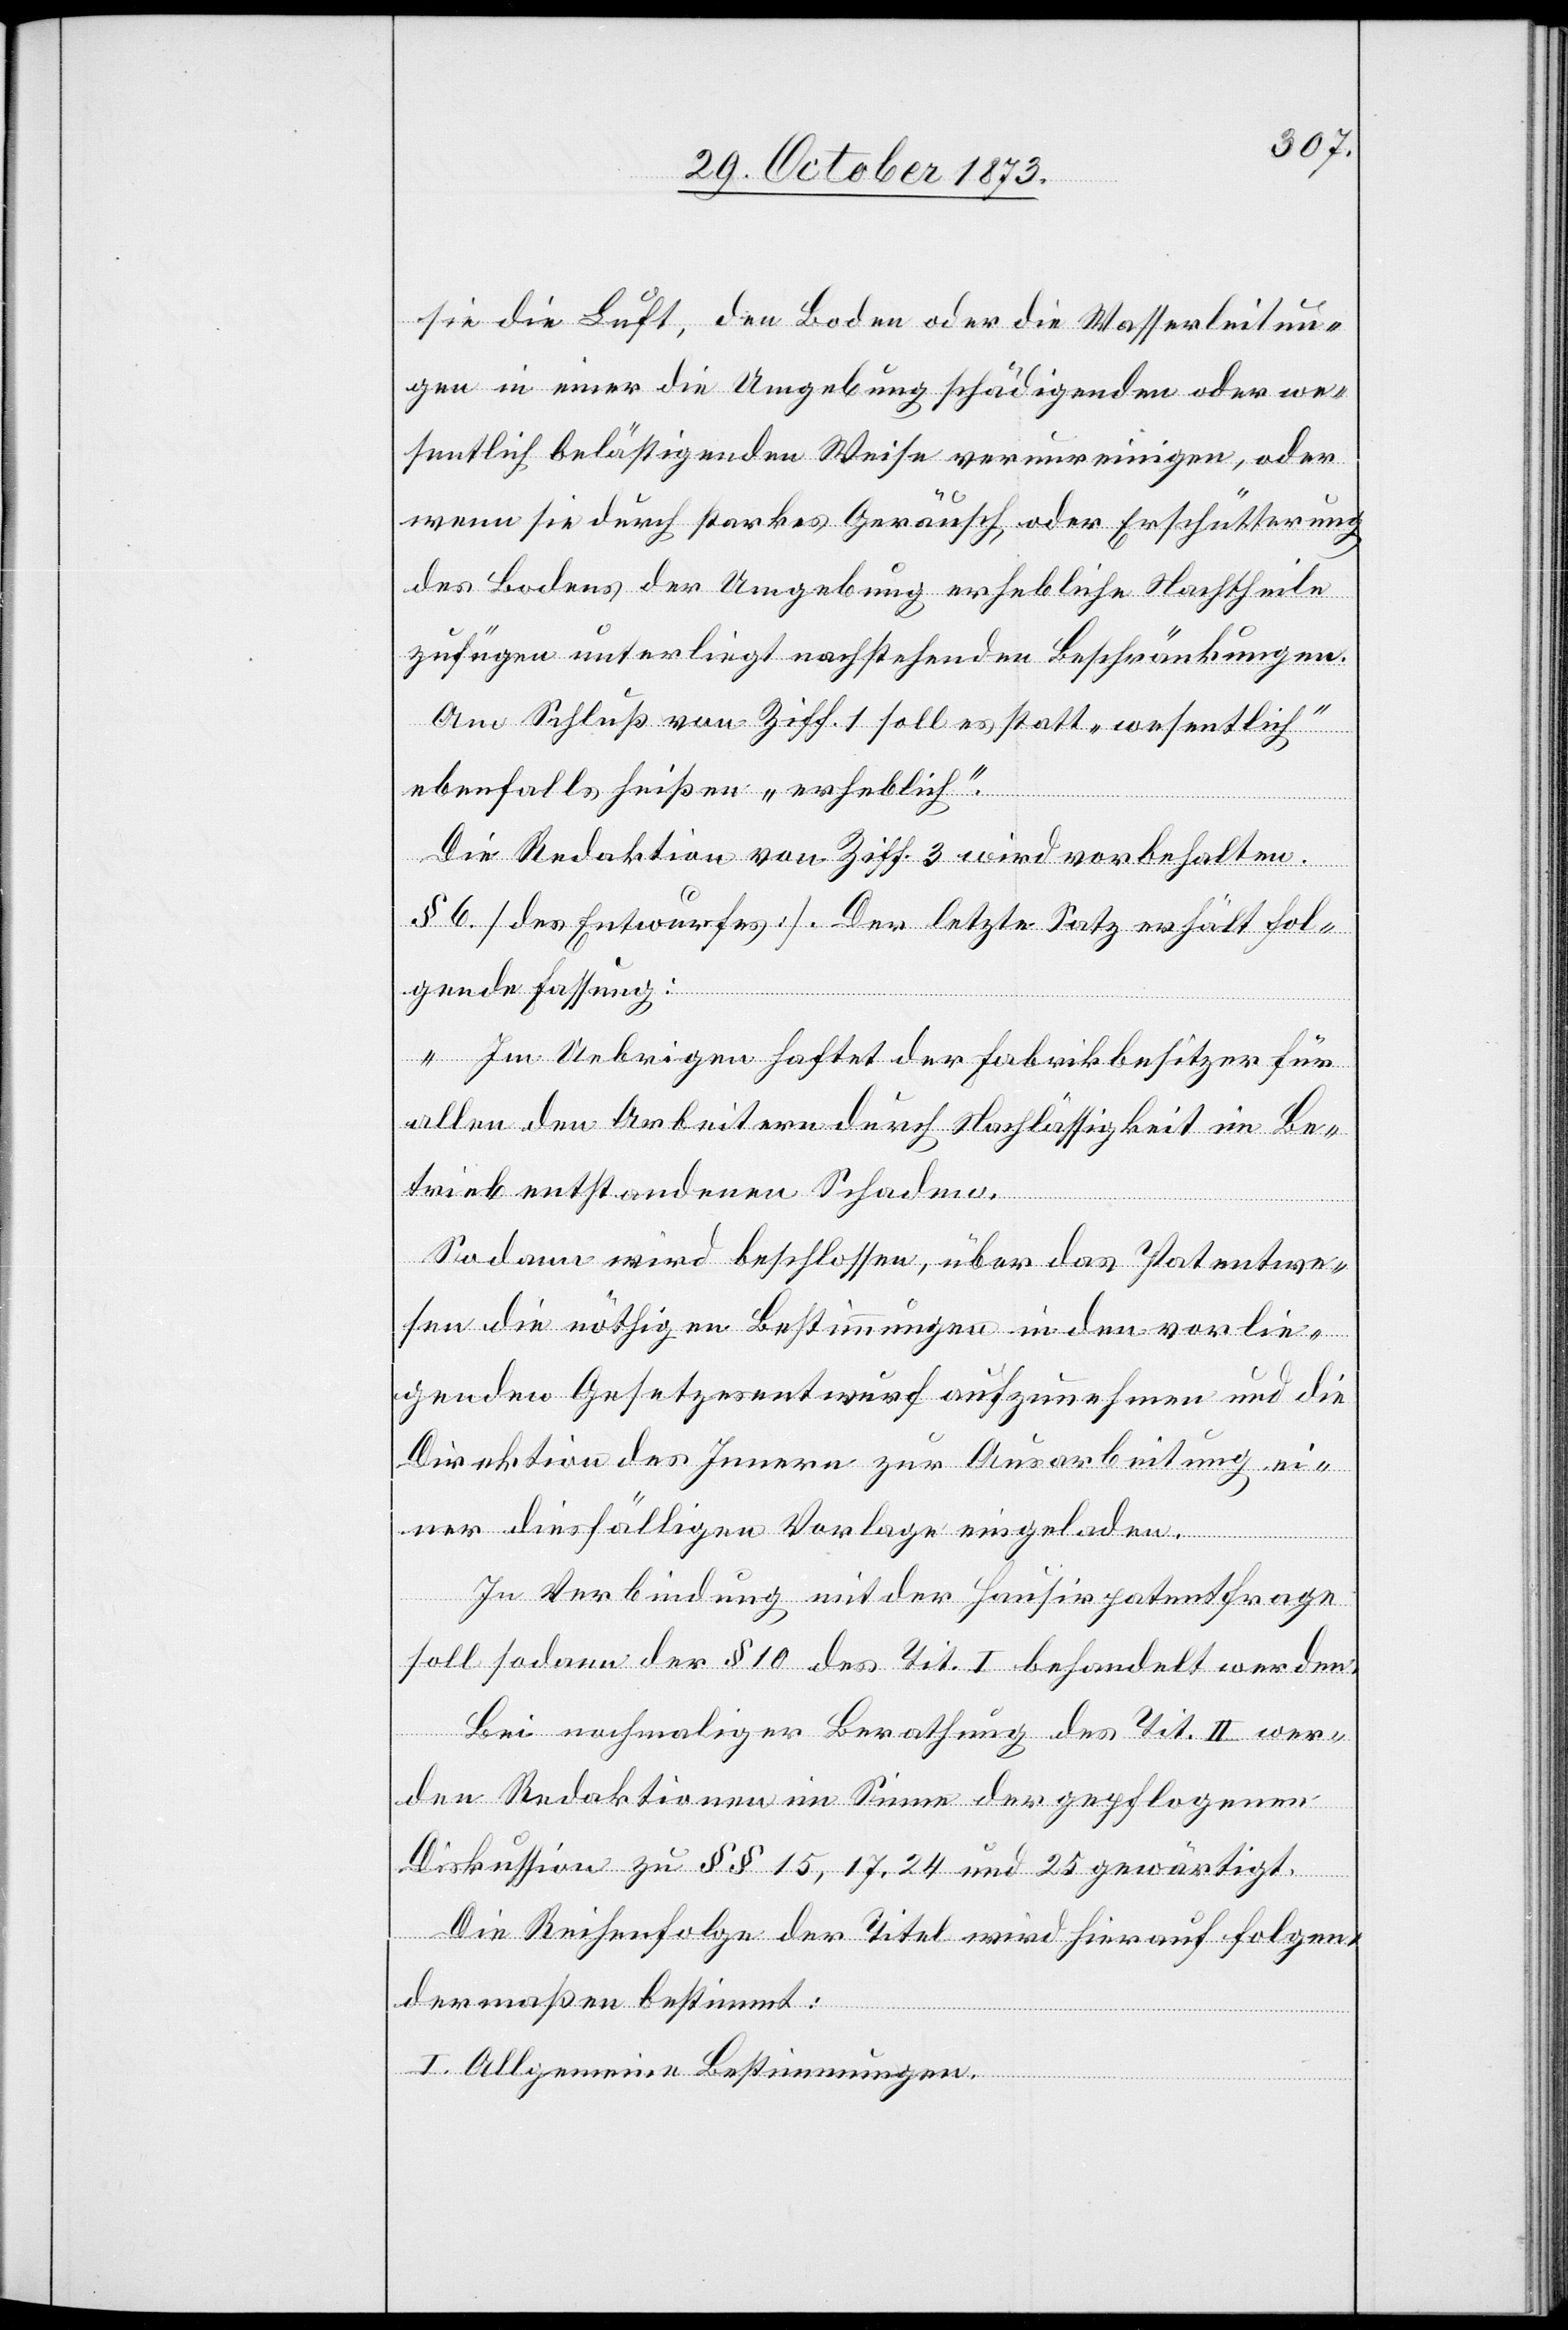
sie die Luft, den Boden oder die Wasserleitun¬
gen in einer die Umgebung schädigenden oder we¬
sentlich belästigenden Weise verunreinigen, oder
wenn sie durch starkes Geräusch oder Erschütterung
des Bodens der Umgebung erhebliche Nachtheile
zufügen unterliegt nachstehenden Beschränkungen.“
Am Schluß von Ziff. 1 soll es statt „wesentlich“
ebenfalls heißen „erheblich“.
Die Redaktion von Ziff. 3 wird vorbehalten.
§ 6 [des Entwurfes]. Der letzte Satz erhält fol¬
gende Fassung:
„Im Uebrigen haftet der Fabrikbesitzer für
allen den Arbeitern durch Nachlässigkeit im Be¬
trieb entstandenen Schaden.“
Sodann wird beschlossen, über das Patentwe¬
sen die nöthigen Bestimmungen in den vorlie¬
genden Gesetzesentwurf aufzunehmen und die
Direktion des Innern zur Ausarbeitung ei¬
ner diesfälligen Vorlage eingeladen.
In Verbindung mit der Hausirpatentfrage
soll sodann der § 10 des Tit. I behandelt werden.
Bei nochmaliger Berathung des Tit. II wer¬
den Redaktionen im Sinne der gepflogenen
Diskussion zu §§ 15, 17, 24 und 25 gewärtigt.
Die Reihenfolge der Titel wird hierauf folgen¬
dermaßen bestimmt:
I. Allgemeine Bestimmungen.